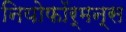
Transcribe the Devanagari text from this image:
नियोफॉर्मन्स